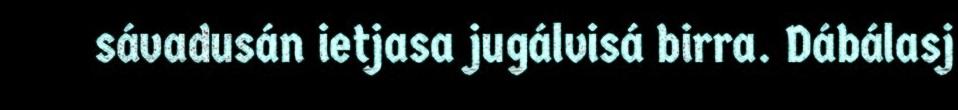
sávadusán ietjasa jugálvisá birra. Dábálasj